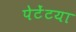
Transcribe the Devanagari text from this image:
पेटेंटया